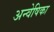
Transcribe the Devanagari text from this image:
अन्वेषिका